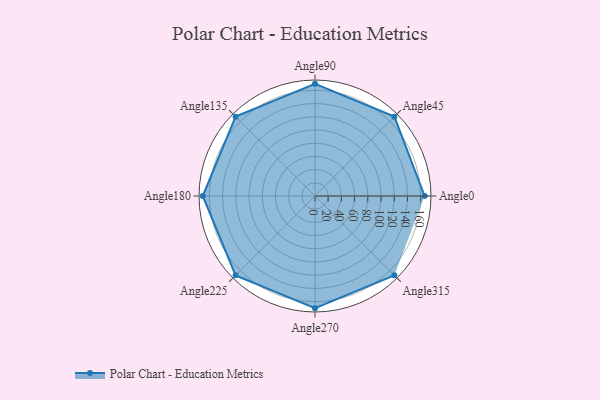
{"axis": {"x": "Angle", "y": "Radius"}, "legend": [""], "data": [{"x": "Angle0", "y": 166.0, "type": ""}, {"x": "Angle45", "y": 170, "type": ""}, {"x": "Angle90", "y": 170, "type": ""}, {"x": "Angle135", "y": 170.0, "type": ""}, {"x": "Angle180", "y": 170, "type": ""}, {"x": "Angle225", "y": 170, "type": ""}, {"x": "Angle270", "y": 170, "type": ""}, {"x": "Angle315", "y": 170, "type": ""}]}